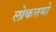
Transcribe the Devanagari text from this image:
लोकत्तमो